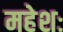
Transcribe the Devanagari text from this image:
महेशः